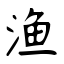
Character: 渔